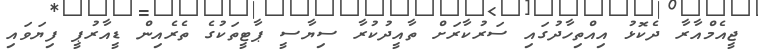
ޖީއެމްއާރާ ދެކޮޅު އިއްތިހާދުގައި ސަރުކާރަށް ތާއީދުކުރާ ސިޔާސީ ޕާޓީތަކުގެ ތެރެއިން ޑީއާރުޕީ ފިޔަވައި